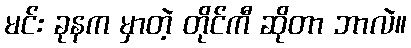
မင်း ခုနက မှာတဲ့ တိုင်ကီ ဆိုတာ ဘာလဲ။